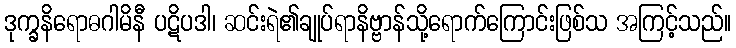
ဒုက္ခနိရောဓဂါမိနီ ပဋိပဒါ၊ ဆင်းရဲ၏ချုပ်ရာနိဗ္ဗာန်သို့ရောက်ကြောင်းဖြစ်သ အကြင့်သည်။